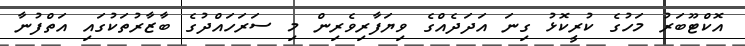
އޮކްޓޫބަރު މަހުގެ ކުރީކޮޅު ގިނަ އަދަދެއްގެ ވިޔަފާރިވެރިން މި ސަރަހައްދުގެ ބާޒާރުތަކުގައި އަތްފުނާ